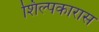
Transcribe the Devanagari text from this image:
शिल्पकारास